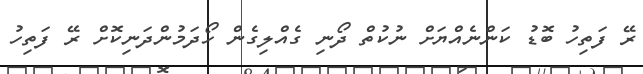
ރޭ ފަތިހު ބޮޑު ކަންނެއްޔަށް ނުކުތް ދޯނި ގެއްލިގެން ހޯދަމުންދަނިކޮށް ރޭ ފަތިހު